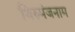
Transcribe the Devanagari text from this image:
थिरुमंजनाम